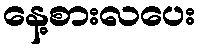
နေ့စားလပေး